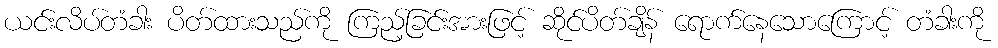
ယင်းလိပ်တံခါး ပိတ်ထားသည်ကို ကြည့်ခြင်းအားဖြင့် ဆိုင်ပိတ်ချိန် ရောက်နေသောကြောင့် တံခါးကို